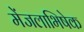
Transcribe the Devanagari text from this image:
मेंजलाभिषेक